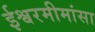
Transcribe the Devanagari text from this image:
ईश्वरमीमांसा